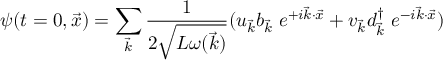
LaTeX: \psi ( t = 0 , \vec { x } ) = \sum _ { \vec { k } } { \frac { 1 } { 2 \sqrt { L \omega ( \vec { k } ) } } } ( u _ { \vec { k } } b _ { \vec { k } } \; e ^ { + i \vec { k } \cdot \vec { x } } + v _ { \vec { k } } d _ { \vec { k } } ^ { \dag } \; e ^ { - i \vec { k } \cdot \vec { x } } )